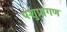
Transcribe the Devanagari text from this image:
पशुप्रांगण